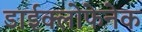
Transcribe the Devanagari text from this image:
डाईक्लोफेनेक